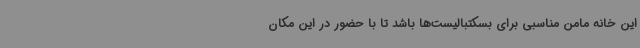
این خانه مامن مناسبی برای بسکتبالیست‌ها باشد تا با حضور در این مکان